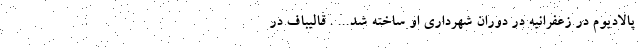
پالادیوم در زعفرانیه در دوران شهرداری او ساخته شد... . قالیباف در